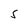
Character: S